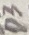
Text: D3